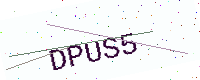
Text: DPUS5